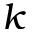
k